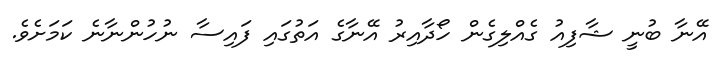
އޭނާ ބުނީ ޝާފިއު ގެއްލިގެން ހޯދާއިރު އޭނާގެ އަތުގައި ފައިސާ ނުހުންނާނެ ކަމަށެވެ.